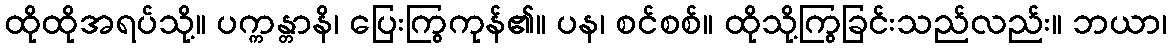
ထိုထိုအရပ်သို့။ ပက္ကန္တာနိ၊ ပြေးကြွကုန်၏။ ပန၊ စင်စစ်။ ထိုသို့ကြွခြင်းသည်လည်း။ ဘယာ၊